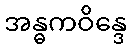
အန္ဓကဝိန္ဒေ